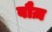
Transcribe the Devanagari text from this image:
बौज़